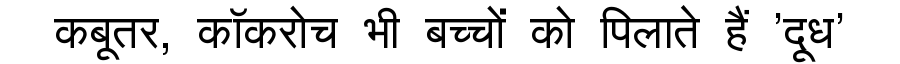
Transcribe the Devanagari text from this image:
कबूतर, कॉकरोच भी बच्चों को पिलाते हैं 'दूध'